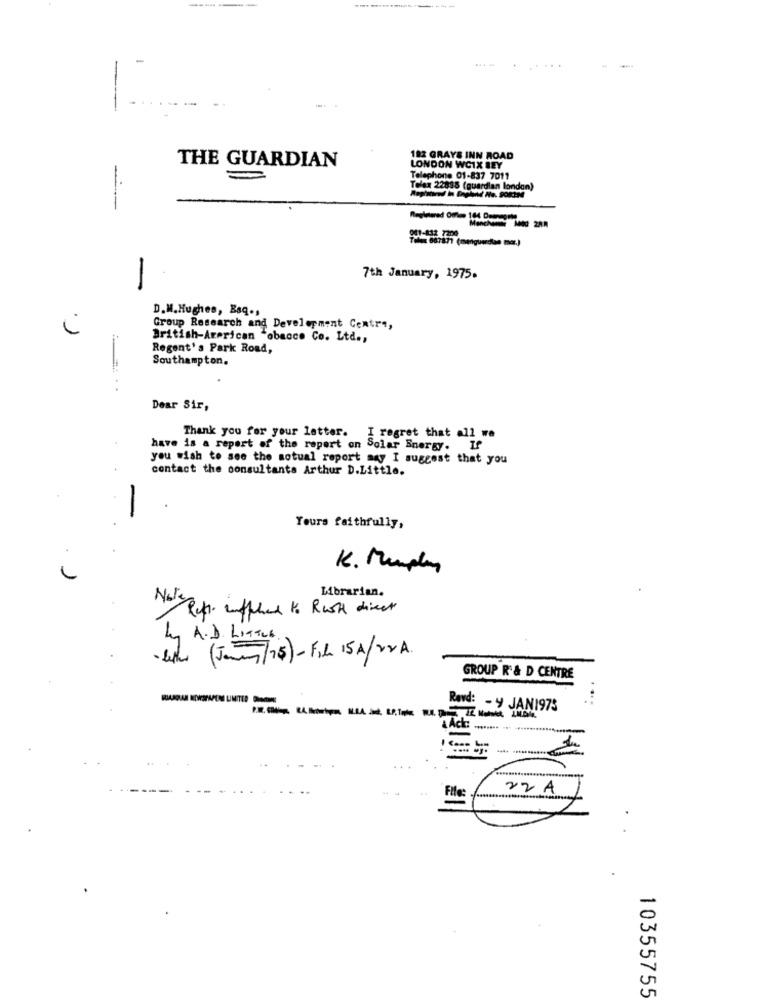
-
--
182 GRAYS INN ROAD
THE GUARDIAN
LONDON WCIX BEY
=
Telephone 01-837 7011
Telex 22838 (guardian london)
----
7th January, 1975.
-
D.M. Hughes, Baq .,
Group Research and Development Centre,
British-American "obacco Co. Ltd .,
Regent's Park Road,
Southampton.
Dear Sir,
Thank you for your letter. I regret that all we
have is a report of the report on Solar Energy. If
you wish to see the sotual report any I suggest that you
contact the consultants Arthur D.Little.
-
0
Yours faithfully,
K. Murphy
Librarian.
Ruth . inffile to Rush direct
Ky A. D. LITTLE
- lethe (James/75)- Fil 15A/VVA.
GROUP R & D CENTRE
Rovd: - y JAN1975
22 A
File:
10355755